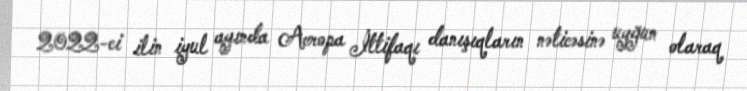
2022-ci ilin iyul ayında Avropa İttifaqı danışıqların nəticəsinə uyğun olaraq